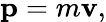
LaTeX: \mathbf{p}=m\mathbf{v},